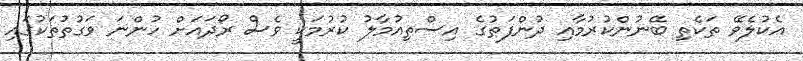
އެކުލެވޭ ތަކެތި ބޭނުންކުރުމާއި ދުންފަތުގެ އިސްތިއުމާލު ކުރުމަކީ ވެސް ރޯދައަށް ހުންނަ ވަގުތުތަކުގައި